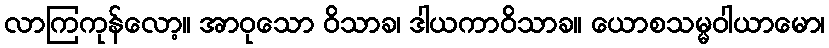
လာကြကုန်လော့။ အာဝုသော ဝိသာခ၊ ဒါယကာဝိသာခ။ ယောစသမ္မဝါယာမော၊